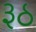
રૂઠ